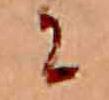
に